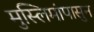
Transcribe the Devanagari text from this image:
मुस्लिमांपासुन